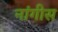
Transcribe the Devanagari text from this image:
नांगीस